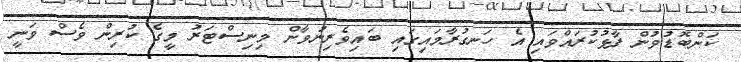
ކަންބޮޑުވުން ފާޅުކުރައްވައި އެ ހަނގުރާމައިގައި ބައިވެރިނުވާން މިނިސްޓަރު މީގެ ކުރިން ވެސް ވަނީ